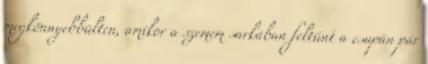
megkönnyebbülten, amikor a szemem sarkában feltűnt a csupán pár